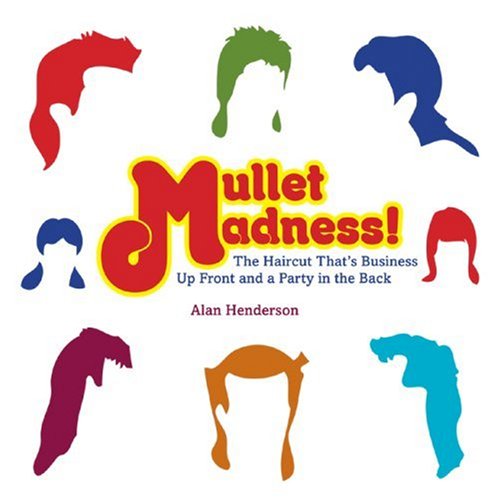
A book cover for Mullet Madness!: The Haircut That's Business Up Front and a Party in the Back; Alan Henderson; Health, Fitness & Dieting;